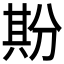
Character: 𠔡